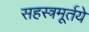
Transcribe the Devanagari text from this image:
सहस्त्रमूर्तये